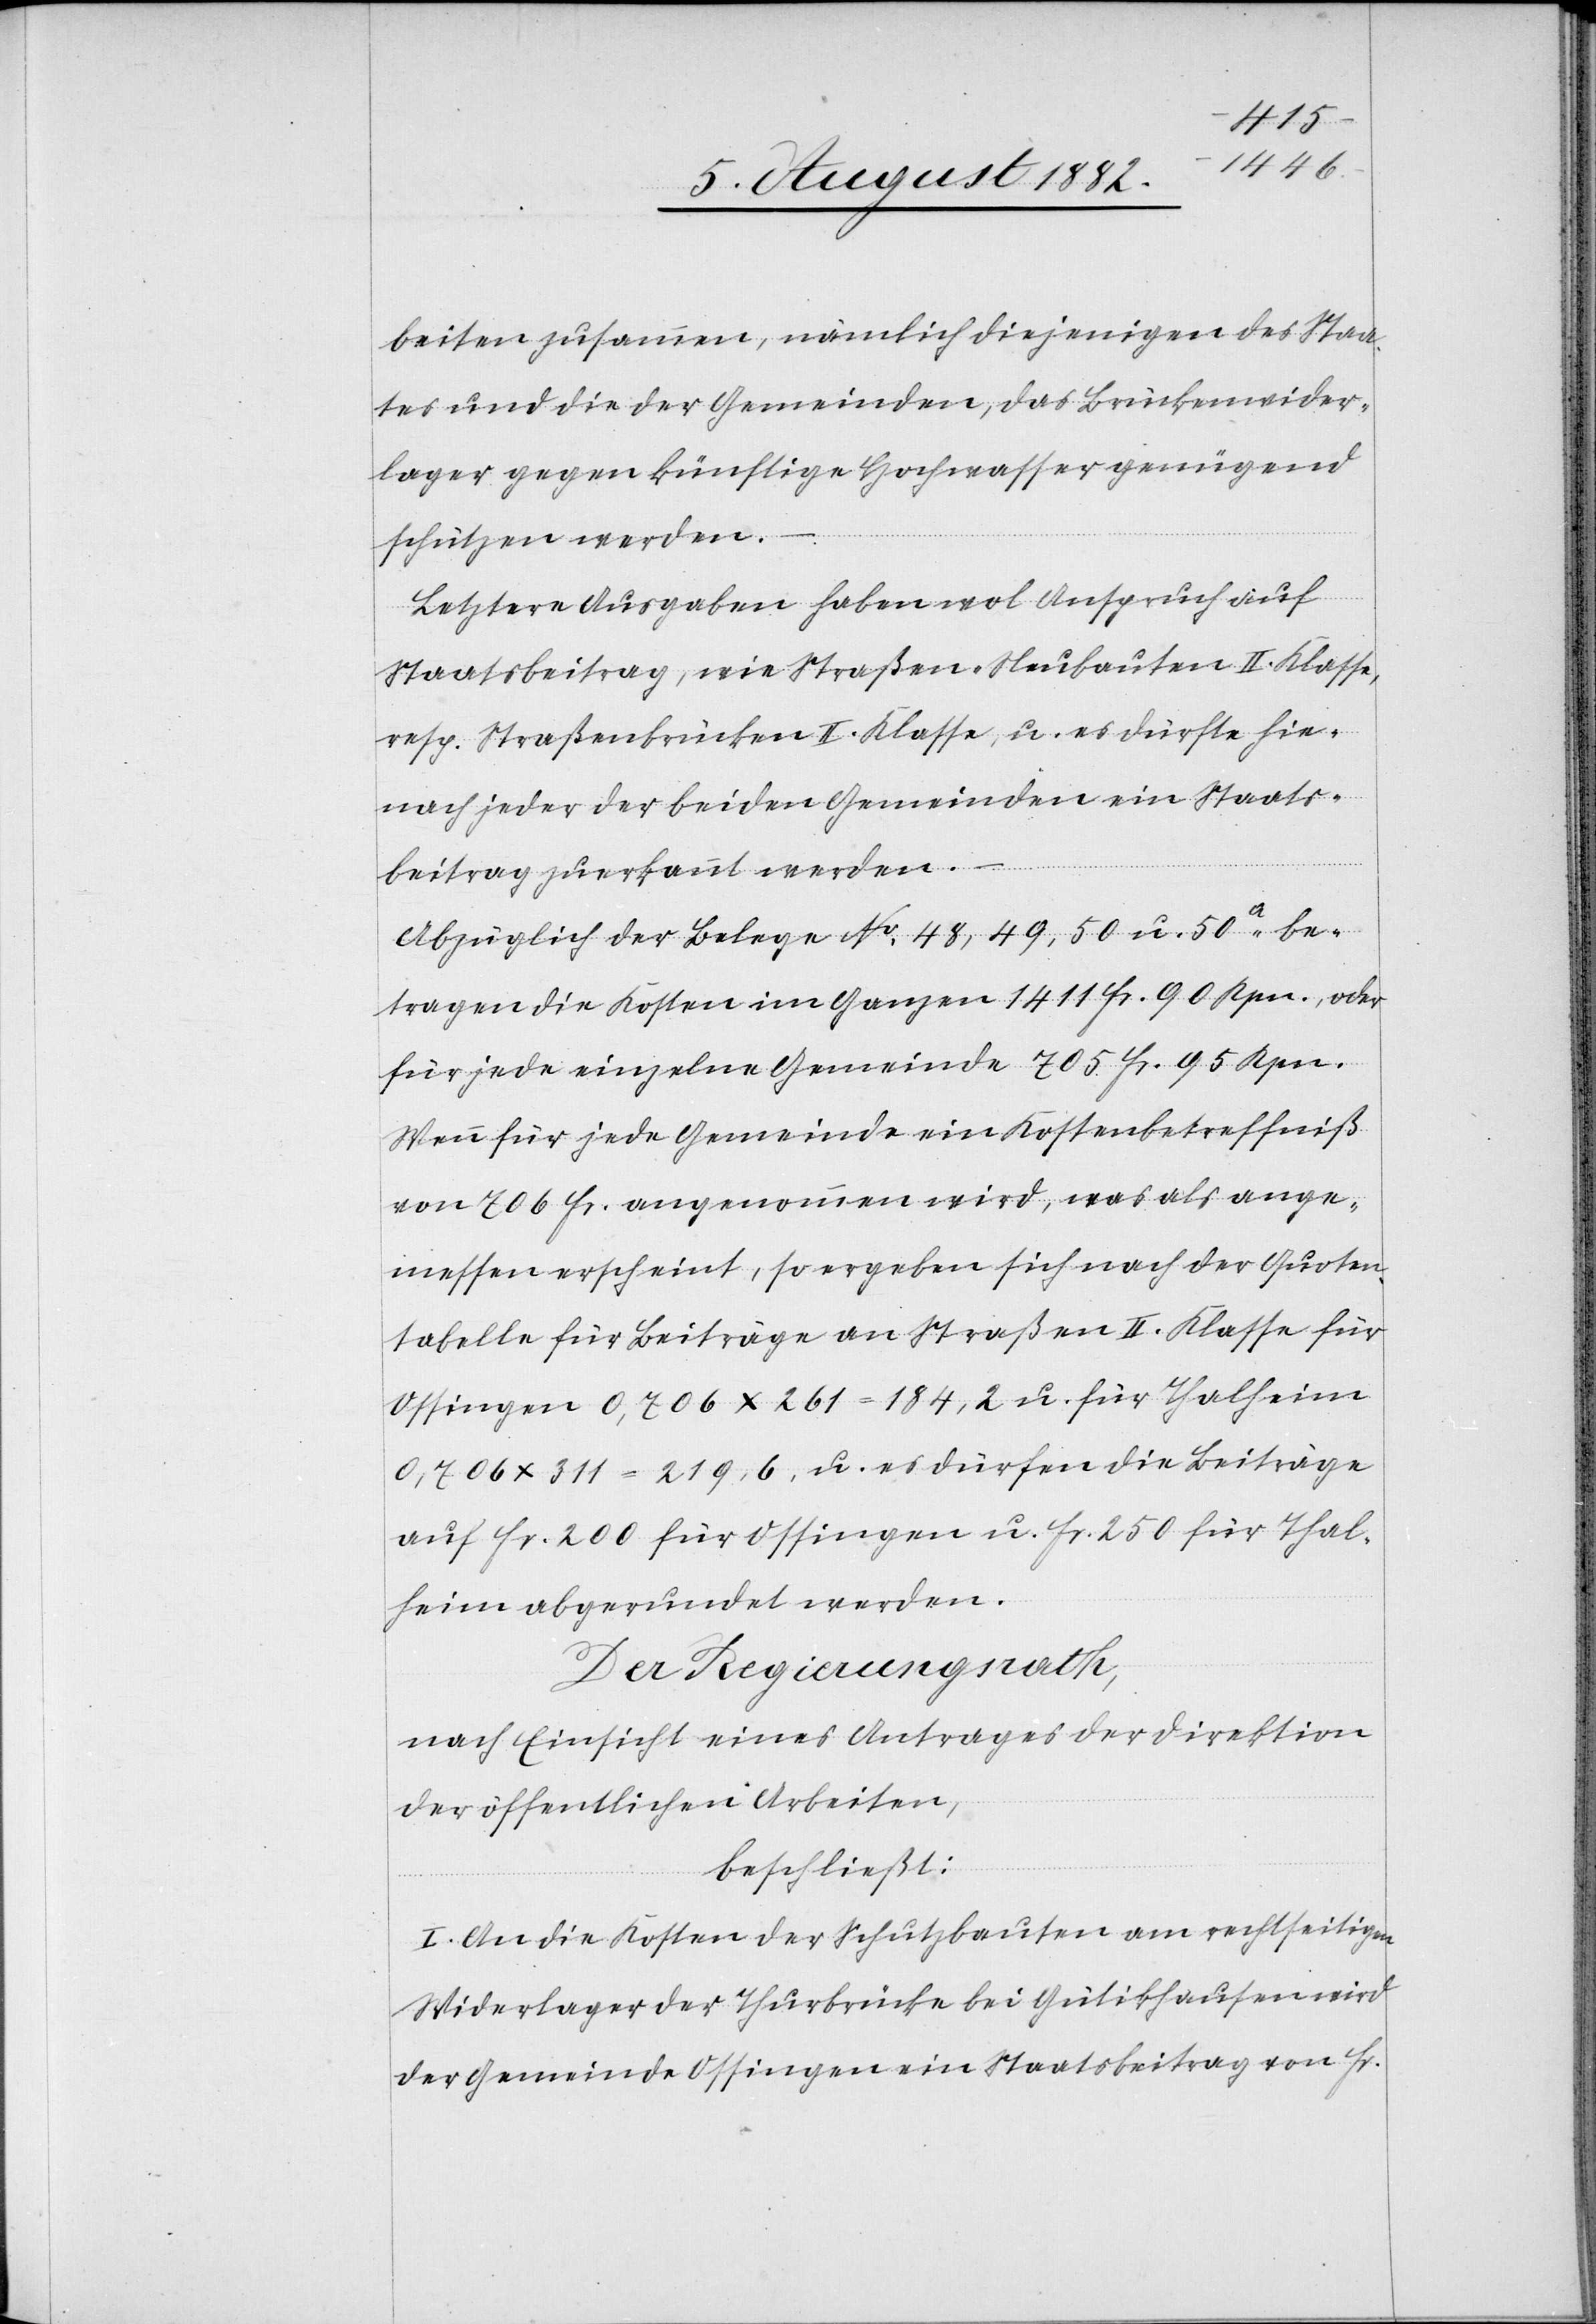
beiten zusammen, nämlich diejenigen des Staa¬
tes und die der Gemeinden, das Brückenwider¬
lager gegen künftige Hochwasser genügend
schützen werden.
Letztere Ausgaben haben wol Anspruch auf
Staatsbeitrag, wie Straßen-Neubauten II. Klasse,
resp. Straßenbrücken II. Klasse, u. es dürfte hie¬
nach jeder der beiden Gemeinden ein Staats¬
beitrag zuerkannt werden.
Abzüglich der Belege No 48, 49, 50 u. 50a be¬
tragen die Kosten im Ganzen 1411. Fr. 90 Rpn., oder
für jede einzelne Gemeinde 705 Fr. 95 Rpn.
Wenn für jede Gemeinde ein Kostenbetreffniß
von 706 Fr. angenommen wird, was als ange¬
messen erscheint, so ergeben sich nach der Quoten¬
tabelle für Beiträge an Straßen II. Klasse für
Ossingen 9,706 x 261 = 184,2 u. für Thalheim
0,706 x 311 = 219,6 u. es dürfen die Beiträge
auf Fr. 200 für Ossingen u. Fr. 250 für Thal¬
heim abgerundet werden.
Der Regierungsrath,
nach Einsicht eines Antrages der Direktion
der öffentlichen Arbeiten,
beschließt:
I. An die Kosten der Schutzbauten am rechtsseitigen
Widerlager der Thurbrücke bei Gütikhausen wird
der Gemeinde Ossingen ein Staatsbeitrag von Fr.